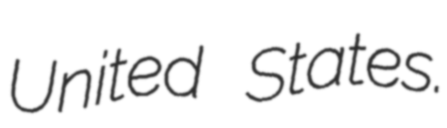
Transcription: United States.